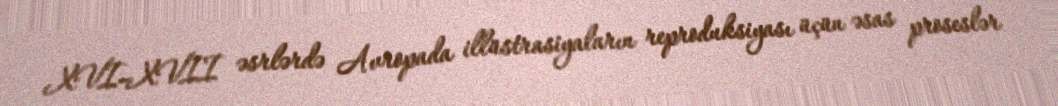
XVI–XVII əsrlərdə Avropada illüstrasiyaların reproduksiyası üçün əsas proseslər